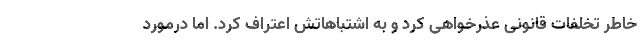
خاطر تخلفات قانونی عذرخواهی کرد و به اشتباهاتش اعتراف کرد. اما درمورد